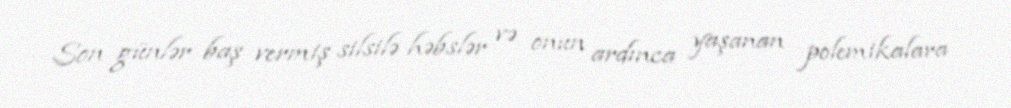
Son günlər baş vermiş silsilə həbslər və onun ardınca yaşanan polemikalara